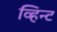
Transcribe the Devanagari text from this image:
व्हिन्ट